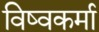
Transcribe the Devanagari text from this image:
विष्वकर्मा